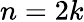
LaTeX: n=2k